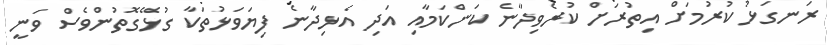
ރަނގަޅު ކުރުމަށް އިތުރަށް ކުރެވިދާނެ ކަންކަމާއި އަދި އެޅިދާނެ ފިޔަވަޅުތަކާ ގުޅޭގޮތުންވެސް ވަނީ